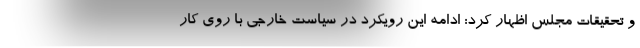
و تحقیقات مجلس اظهار کرد: ادامه این رویکرد در سیاست خارجی با روی کار